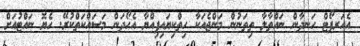
އެއަރޕޯޓް ހަނދާން ނައްތާލާ ތިތަނުން މަންޖެއަކާ ހިތްކިޔައިފިއްޔާ އެހޯދަން މަސައްކަތްކުރޭ. ހެޔޮ ނައްޓުއަށް